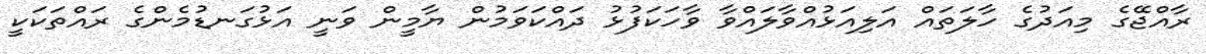
ރާއްޖޭގެ މިއަދުގެ ހާލަތައް އަލިއަޅުއްވާލައްވާ ވާހަކަފުޅު ދައްކަވަމުން ޔާމީން ވަނީ އަޅުގަނޑުމެންގެ ރައްތަކަކީ